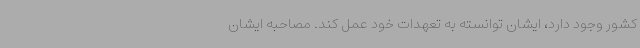
کشور وجود دارد، ایشان توانسته به تعهدات خود عمل کند. مصاحبه ایشان